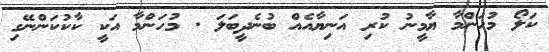
ކަލޯ މުހަންމާ ޔާމީނު ކުރި އަނިޔާއެއް ބުނެދީބަލަ . މުހަންމާ އަކީ ކާކުކަންނޭގި